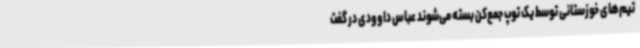
تیم‌های خوزستانی توسط یک توپ جمع‌کن بسته می‌شوند عباس داوودی در گفت